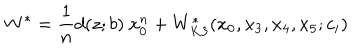
LaTeX: W ^ { \ast } = \frac { 1 } { n } d ( z ; b ) ~ x _ { 0 } ^ { n } + W _ { K 3 } ^ { \ast } ( x _ { 0 } , x _ { 3 } , x _ { 4 } , x _ { 5 } ; c _ { i } )